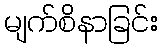
မျက်စိနာခြင်း